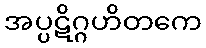
အပ္ပဋိဂ္ဂဟိတကေ